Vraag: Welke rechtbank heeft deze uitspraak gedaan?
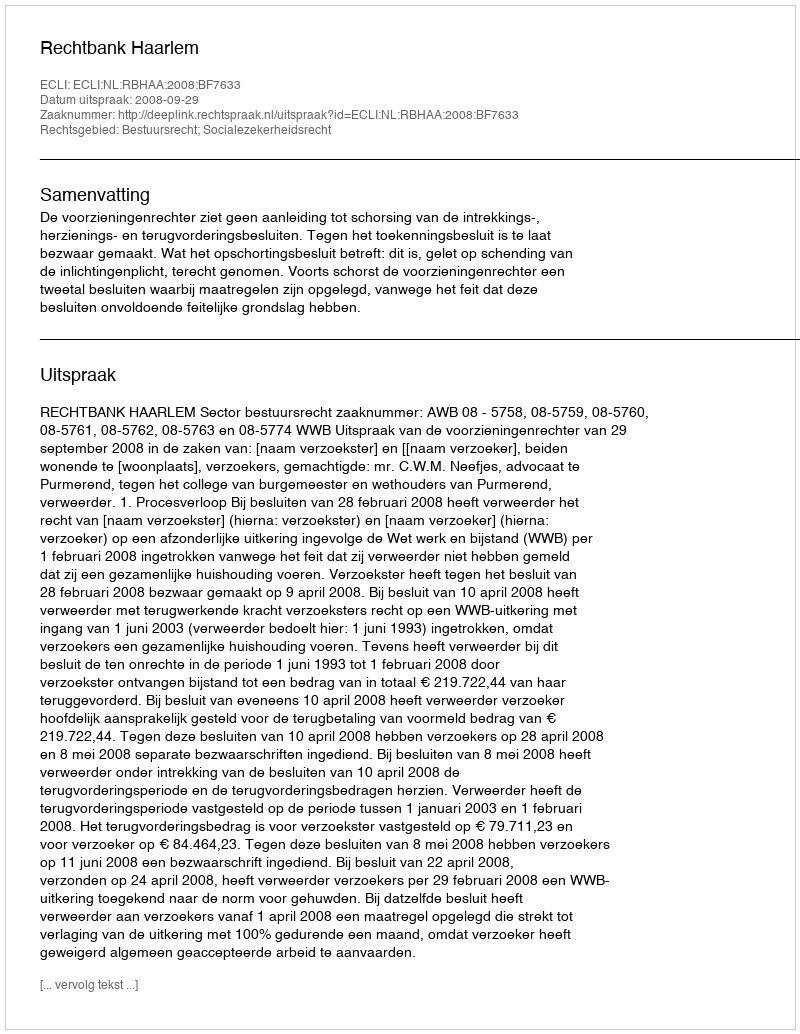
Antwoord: Rechtbank Haarlem